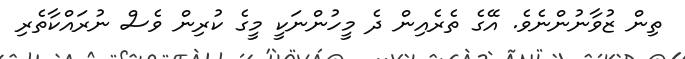
ތިން ޒުވާނުންނެވެ. އޭގެ ތެރެއިން ދެ މީހުންނަކީ މީގެ ކުރިން ވެސް ނުރައްކާތެރި